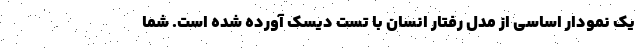
یک نمودار اساسی از مدل رفتار انسان با تست دیسک آورده شده است. شما